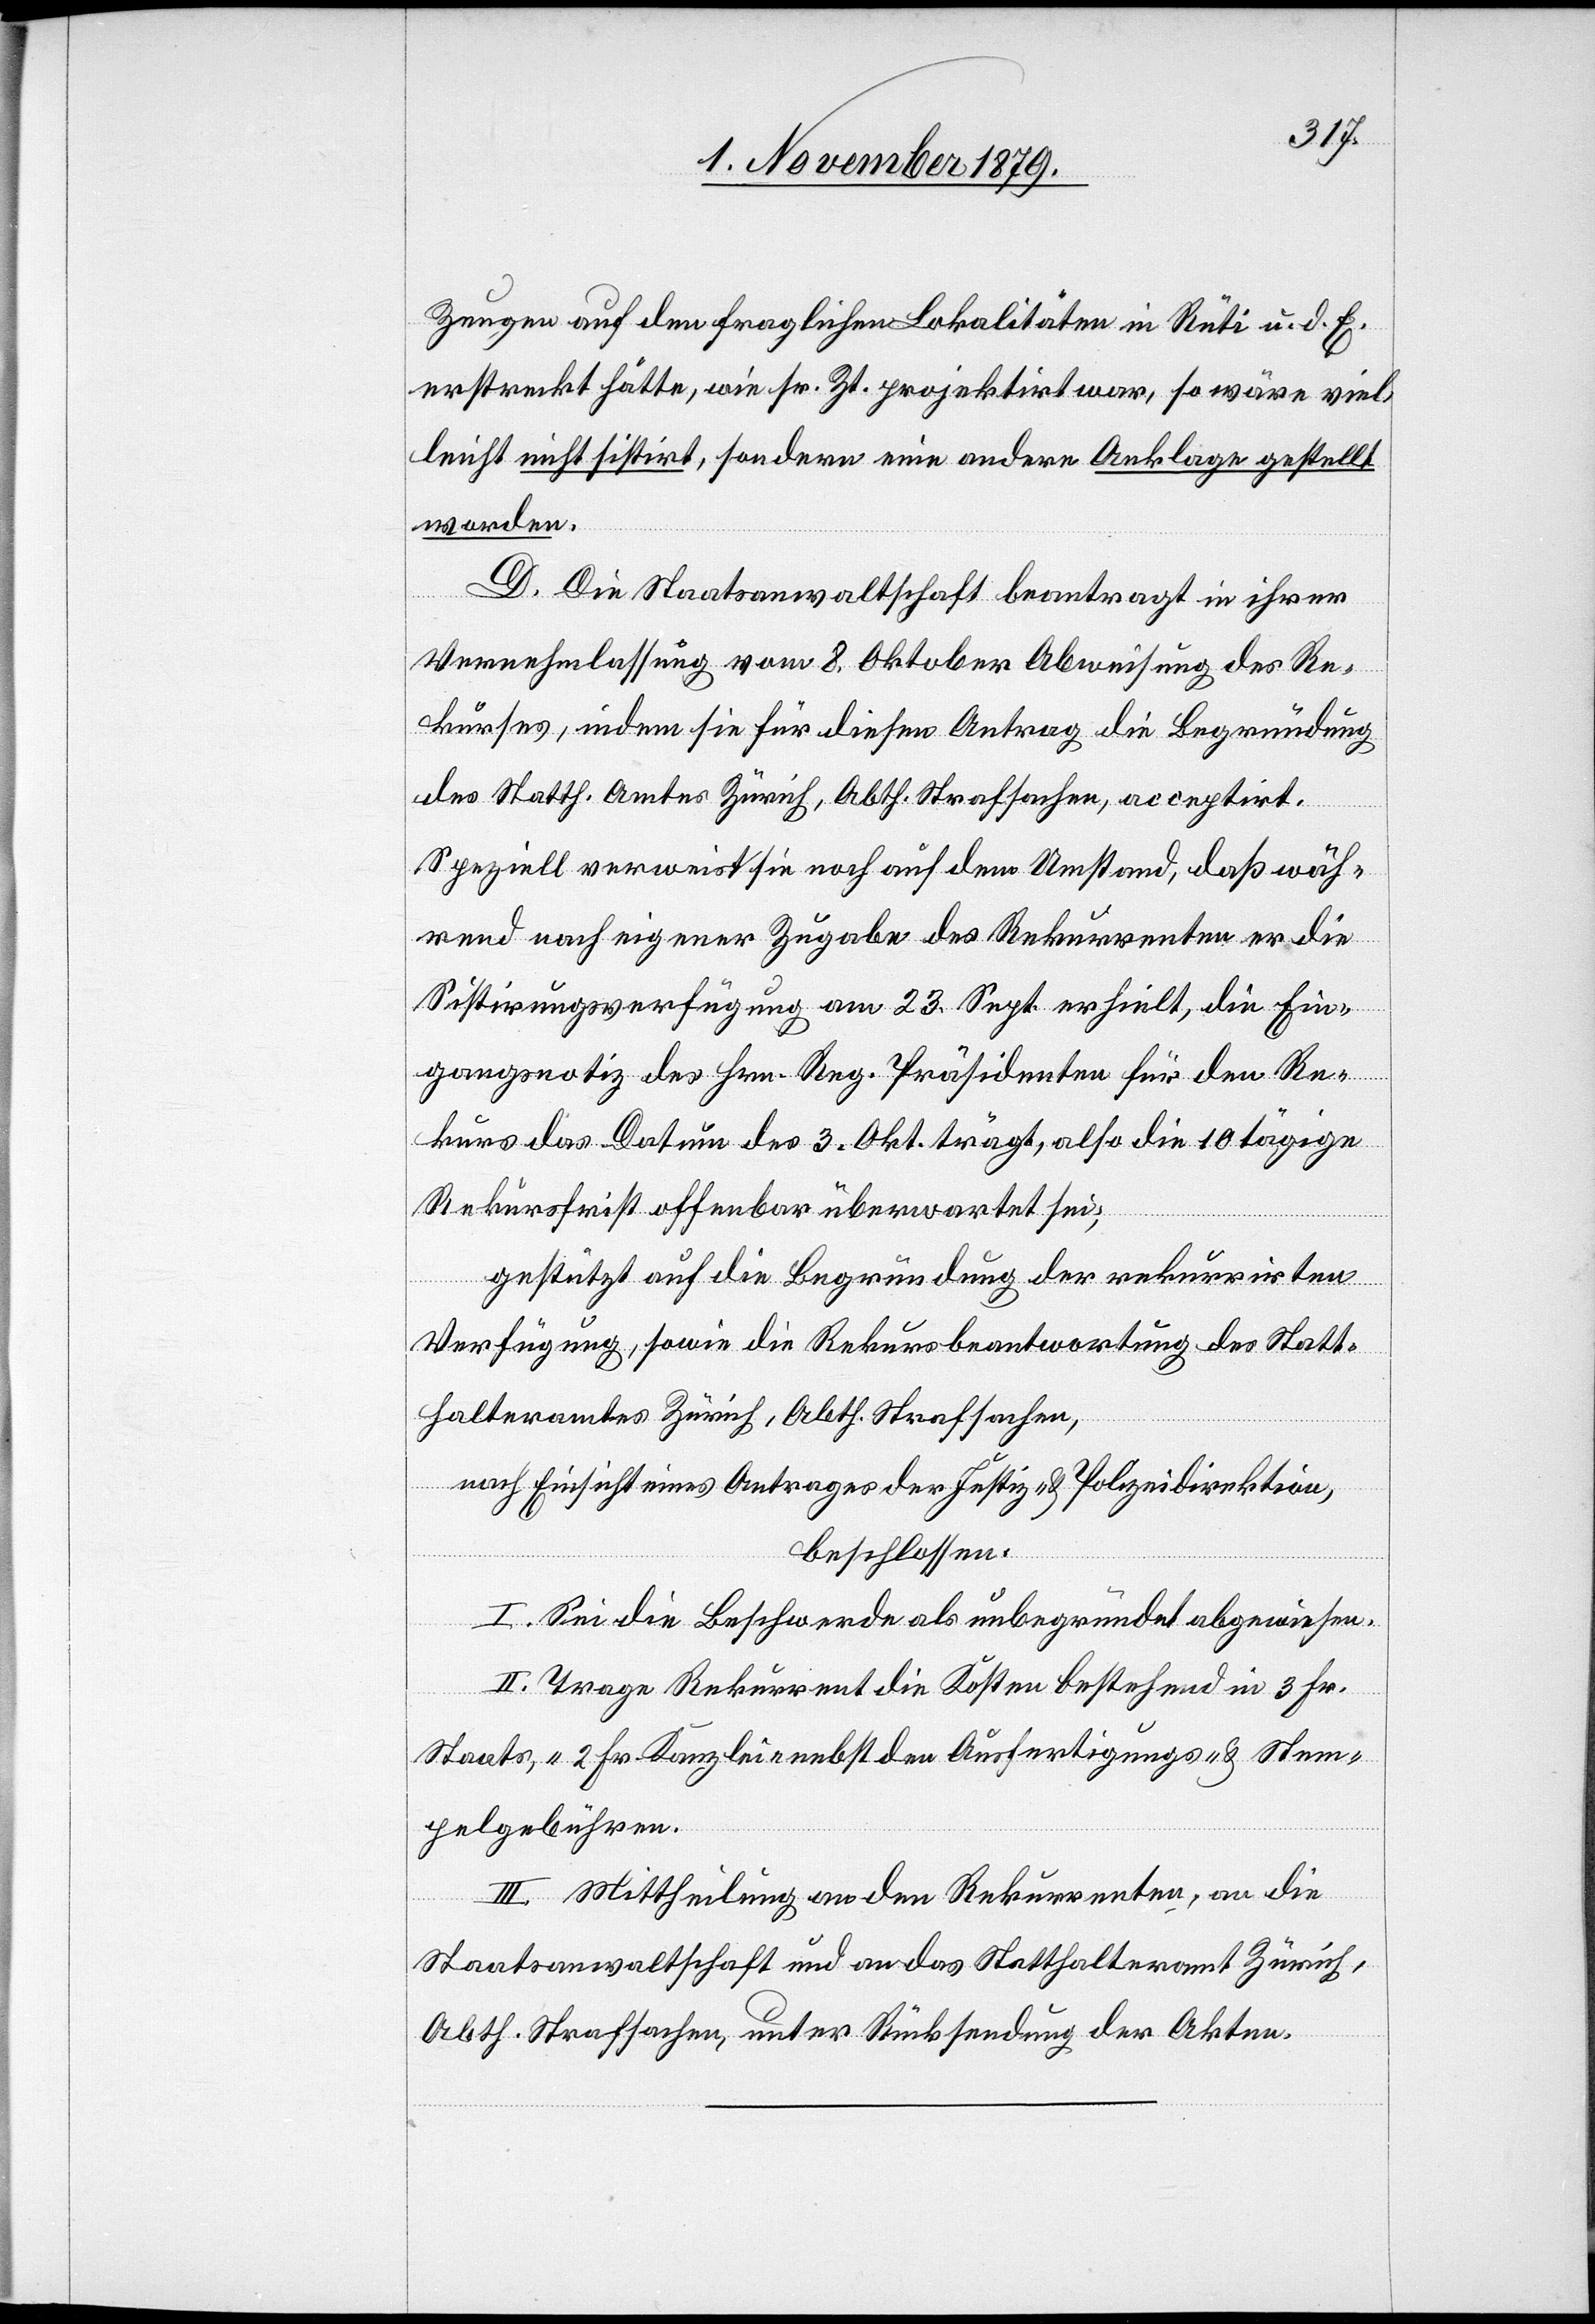
Zeugen auf den fraglichen Lokalitäten in Rüti u. d. E.
erstreckt hätte, wie sr. Zt. projektirt war, so wäre viel¬
leicht nicht sistirt, sondern eine andere Anklage gestellt
worden.
D. Die Staatsanwaltschaft beantragt in ihrer
Vernehmlassung vom 8. Oktober Abweisung des Re¬
kurses, indem sie für diesen Antrag die Begründung
des Statth. Amtes Zürich, Abth. Strafsachen, acceptirt.
Speziell verweist sie noch auf den Umstand, daß wäh¬
rend nach eigener Zugabe des Rekurrenten er die
Sistirungsverfügung am 23. Sept. erhielt, die Ein¬
gangsnotiz des Hrn. Reg. Präsidenten für den Re¬
kurs das Datum des 3. Okt. trägt, also die 10 tägige
Rekursfrist offenbar überwartet sei;
gestützt auf die Begründung der rekurrirten
Verfügung, sowie die Rekursbeantwortung des Statt¬
halteramtes Zürich, Abth. Strafsachen,
nach Einsicht eines Antrages der Justiz- & Polizeidirektion,
beschlossen:
I. Sei die Beschwerde als unbegründet abgewiesen.
II. Trage Rekurrent die Kosten bestehend in 3 Fr.
Staats-, 2 Fr. Kanzlei-[,] nebst den Ausfertigungs- & Stem¬
pelgebühren.
III. Mittheilung an den Rekurrenten, an die
Staatsanwaltschaft und an das Statthalteramt Zürich,
Abth. Strafsachen, unter Rücksendung der Akten.